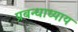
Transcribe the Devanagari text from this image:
प्रबन्धाध्याय